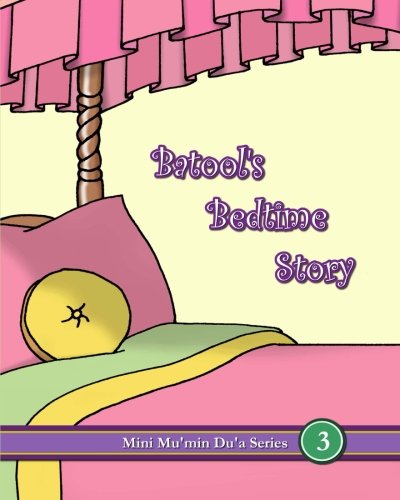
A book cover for Batool's Bedtime Story (Mini Mu'min Du'a Series); Mini Mu'min Publications; Religion & Spirituality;